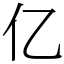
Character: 亿